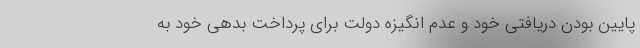
پایین بودن دریافتی خود و عدم انگیزه دولت برای پرداخت بدهی خود به